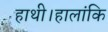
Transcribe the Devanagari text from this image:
हाथी।हालांकि